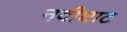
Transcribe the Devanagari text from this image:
नदीघाट